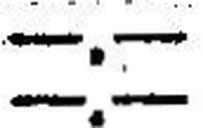
—.—